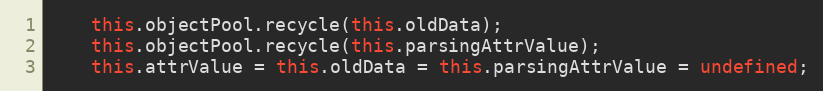
Language: JavaScript
    this.objectPool.recycle(this.oldData);
    this.objectPool.recycle(this.parsingAttrValue);
    this.attrValue = this.oldData = this.parsingAttrValue = undefined;